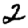
Digit: 2